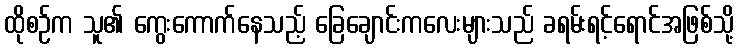
ထိုစဉ်က သူ၏ ကွေးကောက်နေသည့် ခြေချောင်းကလေးများသည် ခရမ်းရင့်ရောင်အဖြစ်သို့